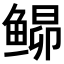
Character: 𬶘